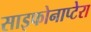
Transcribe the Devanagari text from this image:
साइफोनाप्टेरा